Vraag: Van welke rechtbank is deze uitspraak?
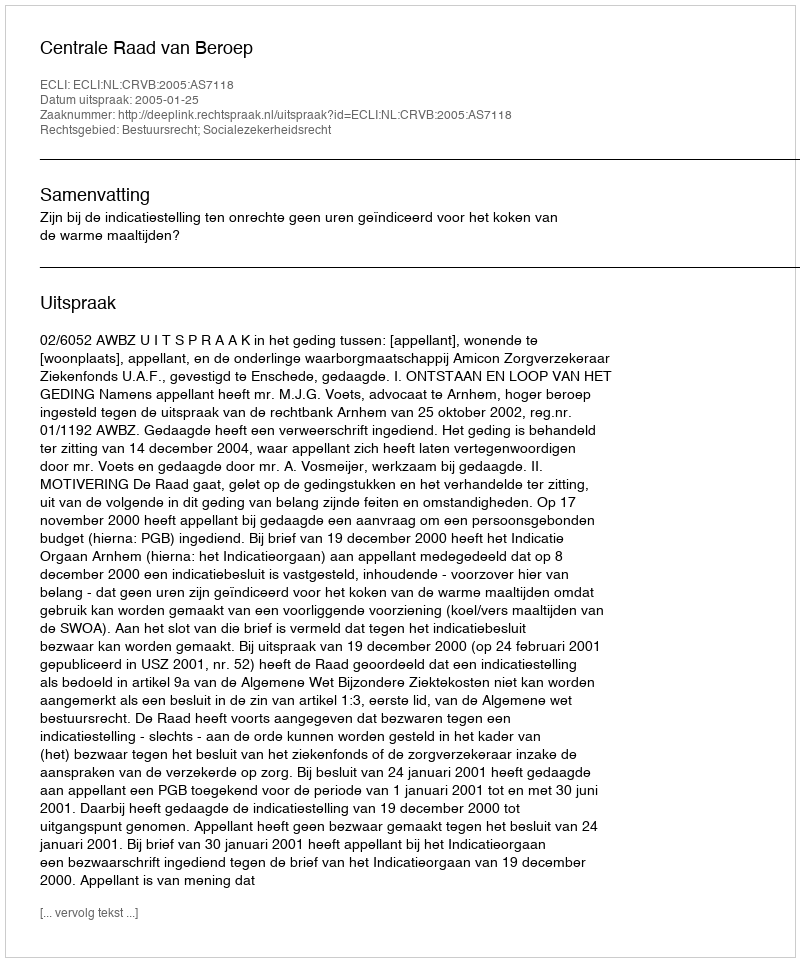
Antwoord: Centrale Raad van Beroep